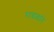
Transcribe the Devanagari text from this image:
रावळाने